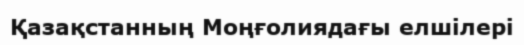
Қазақстанның Моңғолиядағы елшілері